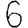
Digit: 6